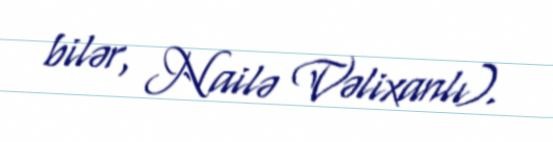
bilər, Nailə Vəlixanlı).